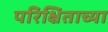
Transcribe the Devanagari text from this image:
परिक्षिताच्या